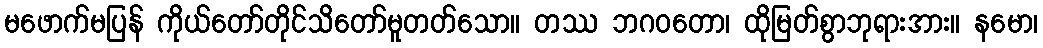
မဖောက်မပြန် ကိုယ်တော်တိုင်သိတော်မူတတ်သော။ တဿ ဘဂဝတော၊ ထိုမြတ်စွာဘုရားအား။ နမော၊